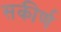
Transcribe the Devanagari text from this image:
सकीर्ण